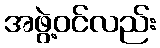
အဖွဲ့ဝင်လည်း